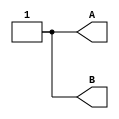
module stimulus (output reg A, B);

  initial begin
    // both inputs are x
    #0  {A, B} = 2'bxx;
     // both inputs are z
    #10 {A, B} = 2'bzz;
    // one input is a zero
    #10 {A, B} = 2'b0x;
    #10 {A, B} = 2'bx0;
    #10 {A, B} = 2'b0z;
    #10 {A, B} = 2'bz0;
    // one input is a one
    #10 {A, B} = 2'b1x;
    #10 {A, B} = 2'bx1;
    #10 {A, B} = 2'b1z;
    #10 {A, B} = 2'bz1;
   // normal bit operands
    #10 {A, B} = 2'b00;
    #10 {A, B} = 2'b01;
    #10 {A, B} = 2'b10;
    #10 {A, B} = 2'b11;
  end

endmodule